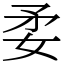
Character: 𡛺